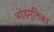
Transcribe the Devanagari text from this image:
भांडमृत्तिका